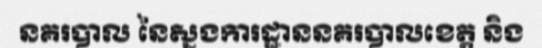
នគរបាល នៃស្នងការដ្ឋាននគរបាលខេត្ត និង